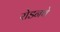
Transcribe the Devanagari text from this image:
रोडनथे